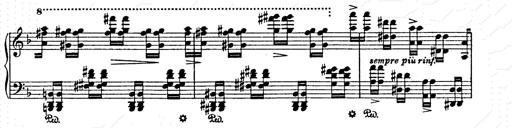
Title: AnnÃ©es de pÃ¨lerinage II
Composer: Franz Liszt